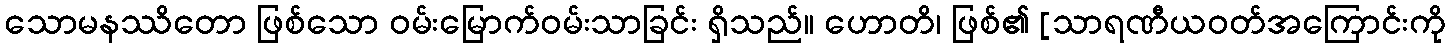
သောမနဿိတော ဖြစ်သော ဝမ်းမြောက်ဝမ်းသာခြင်း ရှိသည်။ ဟောတိ၊ ဖြစ်၏ [သာရဏီယဝတ်အကြောင်းကို